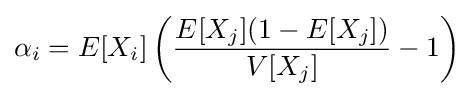
\alpha _{i}=E[X_{i}]\left({\frac {E[X_{j}](1-E[X_{j}])}{V[X_{j}]}}-1\right)